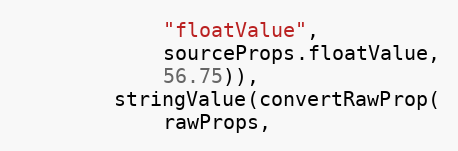
Language: C++
            "floatValue",
            sourceProps.floatValue,
            56.75)),
        stringValue(convertRawProp(
            rawProps,